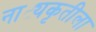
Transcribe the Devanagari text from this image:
नाट्यकृतीला